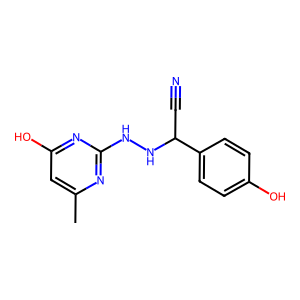
SMILES: Cc1cc(O)nc(NNC(C#N)c2ccc(O)cc2)n1
Inhibits HIV replication: No